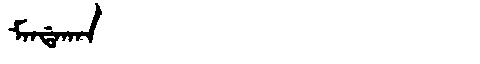
Manchu: ᠮᠠᠨᡩᠠᡴᠠᠨ
Romanization: MANDAKAN